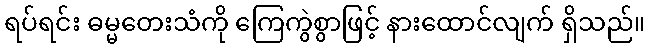
ရပ်ရင်း ဓမ္မတေးသံကို ကြေကွဲစွာဖြင့် နားထောင်လျက် ရှိသည်။